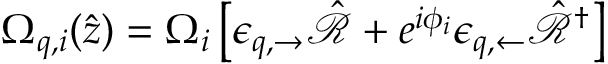
\Omega _ { q , i } ( \hat { z } ) = \Omega _ { i } \left[ \epsilon _ { q , \rightarrow } \hat { \mathcal { R } } + e ^ { i \phi _ { i } } \epsilon _ { q , \leftarrow } \hat { \mathcal { R } } ^ { \dag } \right]